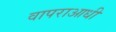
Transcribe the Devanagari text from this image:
वापराआधी